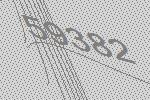
59382